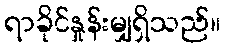
ရာခိုင်နှုန်းမျှရှိသည်။